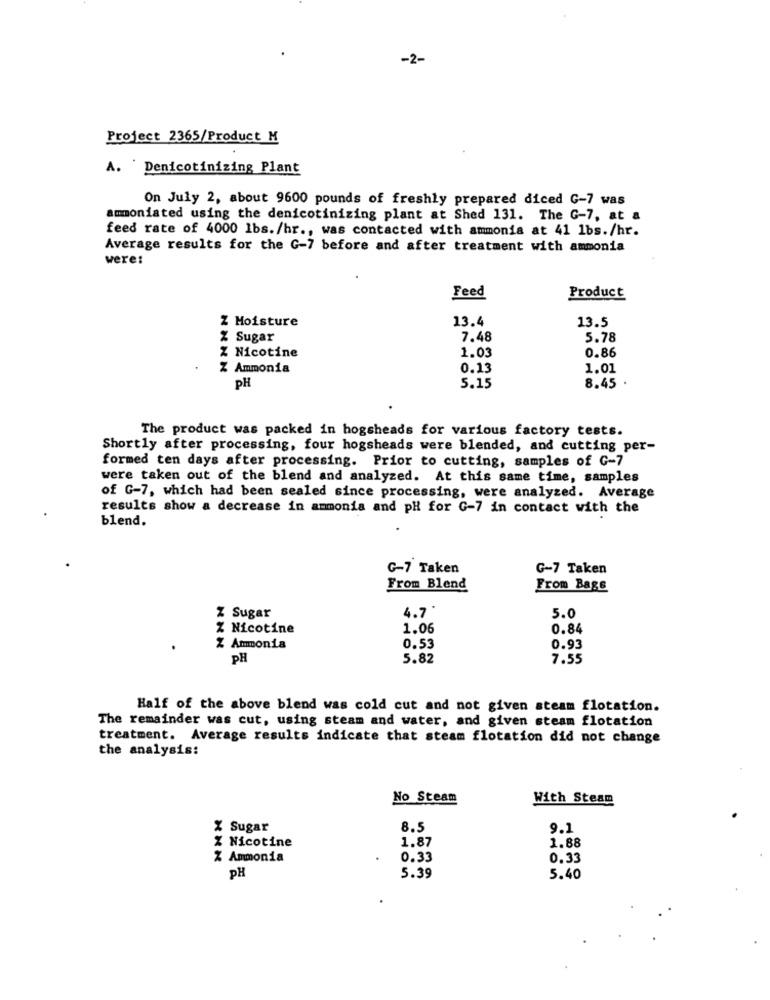
-2-
Project 2365/Product M
A. Denicotinizing Plant
On July 2, about 9600 pounds of freshly prepared diced G-7 was
ammoniated using the denicotinizing plant at Shed 131. The G-7, at a
feed rate of 4000 lbs. /hr ., was contacted with ammonia at 41 1bs./hr.
Average results for the G-7 before and after treatment with ammonia
were:
Feed
Product
Z Moisture
13.4
13.5
% Sugar
7.48
5.78
1.03
0.86
Z Nicotine
Z Ammonia
0.13
1.01
5.15
PH
8.45 .
The product was packed in hogsheads for various factory tests.
Shortly after processing, four hogsheads were blended, and cutting per-
formed ten days after processing. Prior to cutting, samples of G-7
were taken out of the blend and analyzed. At this same time, samples
of G-7, which had been sealed since processing, were analyzed. Average
results show a decrease in ammonia and pH for G-7 in contact with the
blend.
G-7 Taken
G-7 Taken
From Blend
From Bags
4.7 *
5.0
Z Sugar
% Nicotine
1.06
0.84
Z Ammonia
0.53
0.93
PH
5.82
7.55
Half of the above blend was cold cut and not given steam flotation.
The remainder was cut, using steam and water, and given steam flotation
treatment. Average results indicate that steam flotation did not change
the analysis:
No Steam
With Steam
% Sugar
8.5
9.1
% Nicotine
1.87
1.88
% Ammonia
0.33
0.33
PH
5.39
5.40